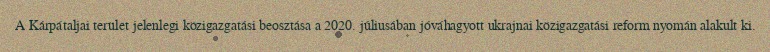
A Kárpátaljai terület jelenlegi közigazgatási beosztása a 2020. júliusában jóváhagyott ukrajnai közigazgatási reform nyomán alakult ki.